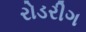
રોડરીગ